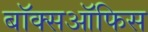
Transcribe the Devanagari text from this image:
बाॅक्सऑफिस